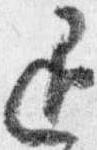
退